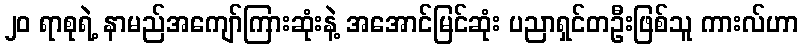
၂၀ ရာစုရဲ့ နာမည်အကျော်ကြားဆုံးနဲ့ အအောင်မြင်ဆုံး ပညာရှင်တဦးဖြစ်သူ ကားလ်ဟာ